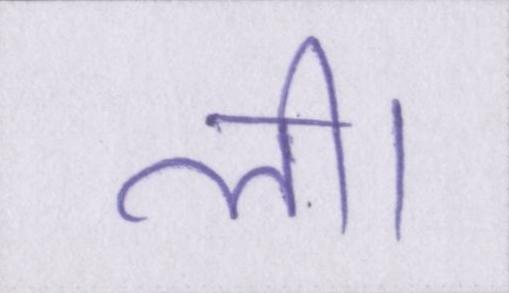
ली।